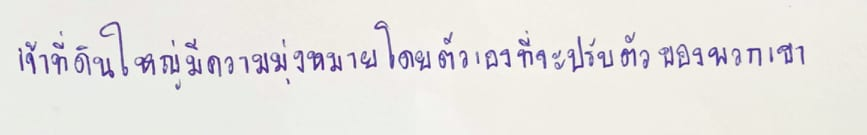
เจ้าที่ดินใหญ่มีความมุ่งหมายโดยตัวเองที่จะปรับตัวของพวกเขา